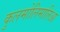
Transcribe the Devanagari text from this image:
कुलमोलिमालिआ